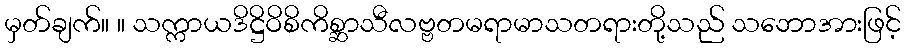
မှတ်ချက်။ ။ သက္ကာယဒိဋ္ဌိဝိစိကိစ္ဆာသီလဗ္ဗတမရာမာသတရားတို့သည် သဘောအားဖြင့်